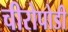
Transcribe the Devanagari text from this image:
चीरोपोडी